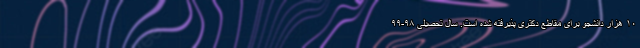
۱۰ هزار دانشجو برای مقاطع دکتری پذیرفته شده است. سال تحصیلی ۹۸-۹۹